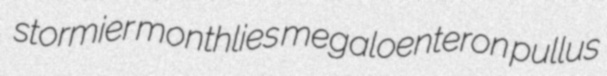
stormier monthlies megaloenteron pullus